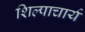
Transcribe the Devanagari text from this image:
शिल्पाचार्य